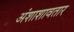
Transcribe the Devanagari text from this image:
अंशाशावतार